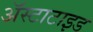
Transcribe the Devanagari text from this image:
अॅस्टाटाइड